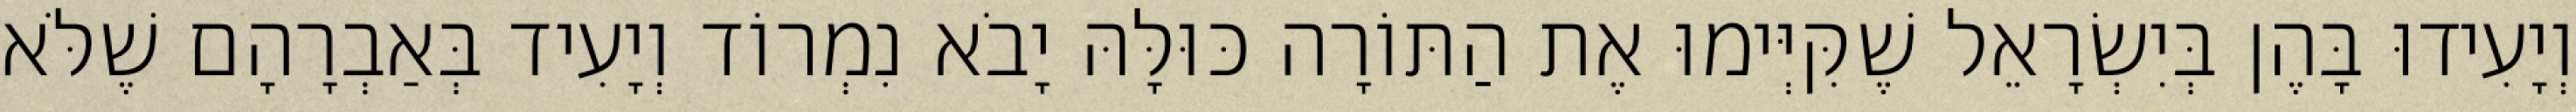
וְיָעִידוּ בָּהֶן בְּיִשְׂרָאֵל שֶׁקִּיְּימוּ אֶת הַתּוֹרָה כּוּלָּהּ יָבֹא נִמְרוֹד וְיָעִיד בְּאַבְרָהָם שֶׁלֹּא